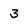
Character: 3